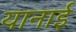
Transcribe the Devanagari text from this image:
यानाई